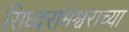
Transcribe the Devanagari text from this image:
सिध्दरामेश्वराच्या